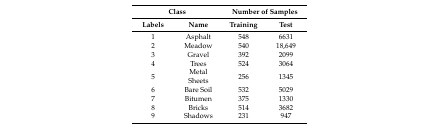
| <COLSPAN=2> Class | <COLSPAN=2> Number of Samples |
 | Labels | Name | Training | Test |
 | --- | --- | --- | --- |
 | 1 | Asphalt | 548 | 6631 |
 | 2 | Meadow | 540 | 18,649 |
 | 3 | Gravel | 392 | 2099 |
 | 4 | Trees | 524 | 3064 |
 | 5 | Metal Sheets | 256 | 1345 |
 | 6 | Bare Soil | 532 | 5029 |
 | 7 | Bitumen | 375 | 1330 |
 | 8 | Bricks | 514 | 3682 |
 | 9 | Shadows | 231 | 947 |